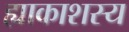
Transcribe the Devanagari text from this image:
ह्याकाशस्य